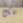
تلك